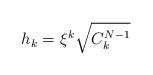
LaTeX: \begin{align*} h_k = \xi^k \sqrt{C_{k}^{N-1}}\end{align*}